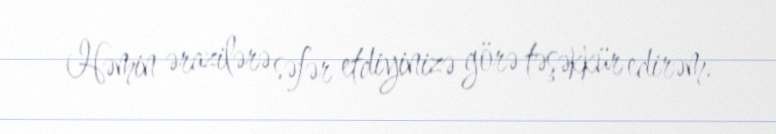
Həmin ərazilərə səfər etdiyinizə görə təşəkkür edirəm.